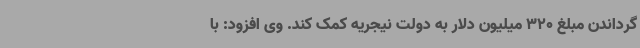
گرداندن مبلغ 320 میلیون دلار به دولت نیجریه کمک کند. وی افزود: با